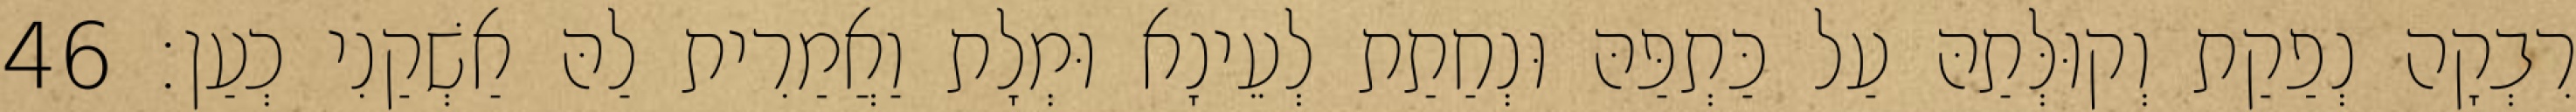
רִבְקָה נְפַקַת וְקוּלְּתַהּ עַל כַּתְפַּהּ וּנְחַתַת לְעֵינָא וּמְלָת וַאֲמַרִית לַהּ אַשְׁקַנִי כְעַן׃ 46